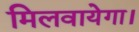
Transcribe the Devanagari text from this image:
मिलवायेगा।